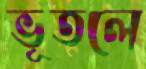
ভূতলে